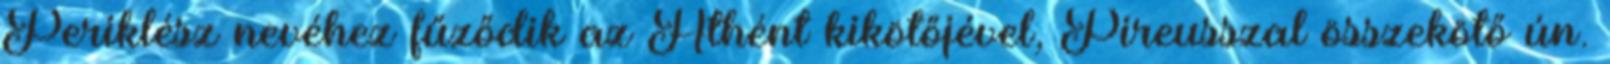
Periklész nevéhez fűződik az Athént kikötőjével, Pireusszal összekötő ún.